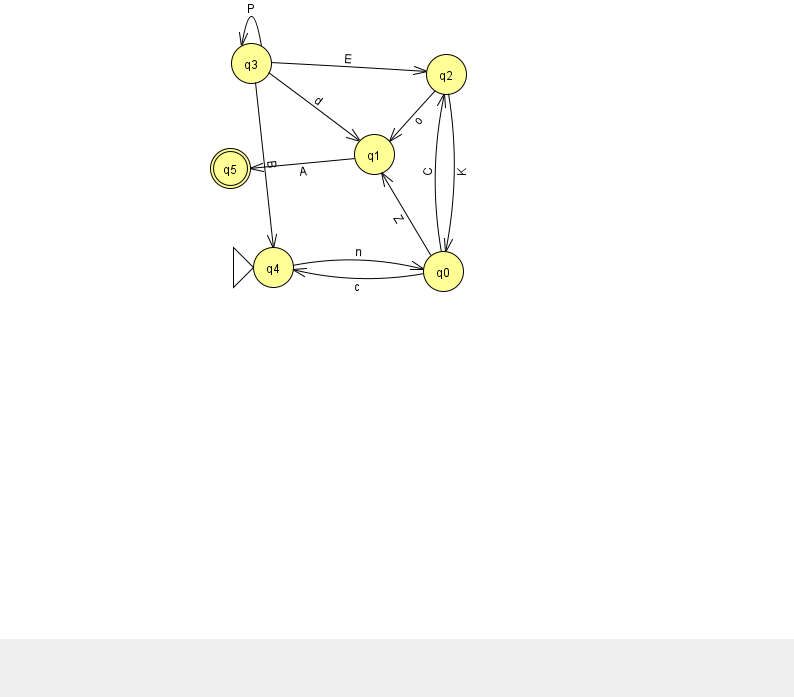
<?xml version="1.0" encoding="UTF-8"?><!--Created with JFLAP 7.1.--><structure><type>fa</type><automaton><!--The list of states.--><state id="0" name="q0"><x>443.0</x><y>258.0</y></state><state id="1" name="q1"><x>374.0</x><y>141.0</y></state><state id="2" name="q2"><x>446.0</x><y>61.0</y></state><state id="3" name="q3"><x>251.0</x><y>50.0</y></state><state id="4" name="q4"><x>273.0</x><y>254.0</y><initial/></state><state id="5" name="q5"><x>230.0</x><y>155.0</y><final/></state><!--The list of transitions.--><transition><from>3</from><to>3</to><read>P</read></transition><transition><from>0</from><to>1</to><read>Z</read></transition><transition><from>2</from><to>0</to><read>K</read></transition><transition><from>4</from><to>0</to><read>n</read></transition><transition><from>0</from><to>4</to><read>c</read></transition><transition><from>3</from><to>4</to><read>B</read></transition><transition><from>3</from><to>1</to><read>d</read></transition><transition><from>3</from><to>2</to><read>E</read></transition><transition><from>0</from><to>2</to><read>C</read></transition><transition><from>2</from><to>1</to><read>o</read></transition><transition><from>1</from><to>5</to><read>A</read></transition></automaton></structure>